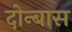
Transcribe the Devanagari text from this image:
दोन्बास